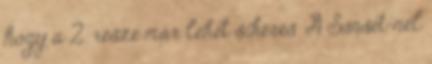
hogy a 2. része már lehet sikeres. A Sunset-nél